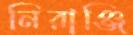
নিরাঞ্জি